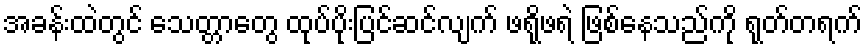
အခန်းထဲတွင် သေတ္တာတွေ ထုပ်ပိုးပြင်ဆင်လျက် ဖရိုဖရဲ ဖြစ်နေသည်ကို ရုတ်တရက်